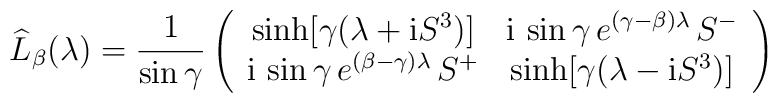
\widehat{L}_\beta (\lambda) = \frac{1}{\sin\gamma} \left(  \begin{array}{cc} \sinh [\gamma(\lambda + {\rm i} S^3)] &  {\rm i}\, \sin\gamma \, e^{(\gamma-\beta) \lambda} \, S^- \\  {\rm i}\, \sin\gamma \, e^{(\beta-\gamma) \lambda} \, S^+  & \sinh [\gamma(\lambda - {\rm i} S^3)]  \end{array} \right)